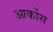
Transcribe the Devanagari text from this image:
आर्कोस